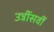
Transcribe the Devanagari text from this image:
उन्नींसवीं